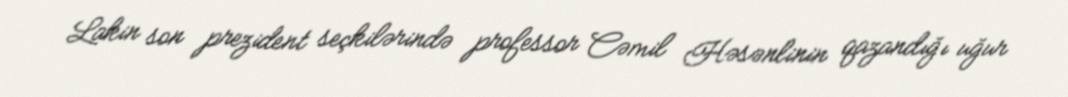
Lakin son prezident seçkilərində professor Cəmil Həsənlinin qazandığı uğur